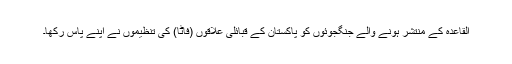
القاعدہ کے منتشر ہونے والے جنگجوئوں کو پاکستان کے قبائلی علاقوں (فاٹا) کی تنظیموں نے اپنے پاس رکھا۔